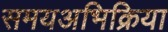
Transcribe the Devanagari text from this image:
समयअभिक्रिया